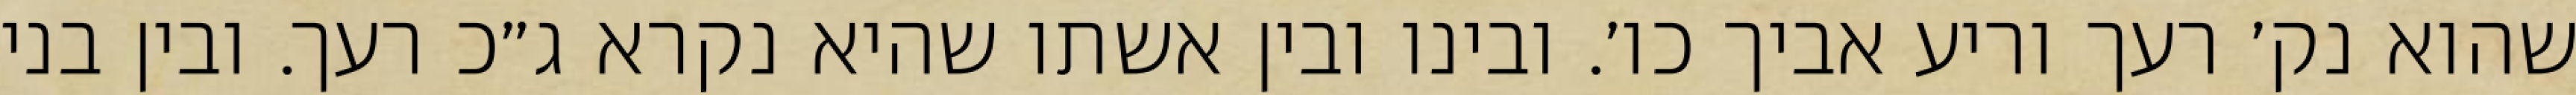
שהוא נק׳ רעך וריע אביך כו׳. ובינו ובין אשתו שהיא נקרא ג״כ רעך. ובין בני